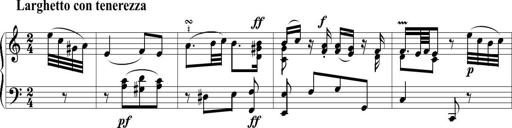
Title: 6 Leichte Sonatinen, Teil 1
Composer: F. Sigismund Sander